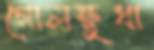
গোলক্ষুধা